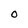
Character: o